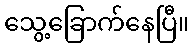
သွေ့ခြောက်နေပြီ။